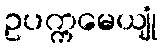
ဥပက္ကမေယျုံ